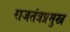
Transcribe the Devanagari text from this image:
राजतंत्रप्रमुख